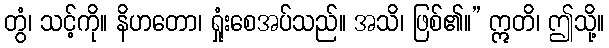
တွံ၊ သင့်ကို။ နိဟတော၊ ရှုံးစေအပ်သည်။ အသိ၊ ဖြစ်၏။” ဣတိ၊ ဤသို့။